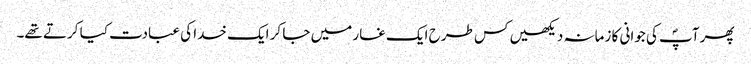
پھر آپؐ کی جوانی کا زمانہ دیکھیں کس طرح ایک غار میں جا کر ایک خدا کی عبادت کیا کرتے تھے۔